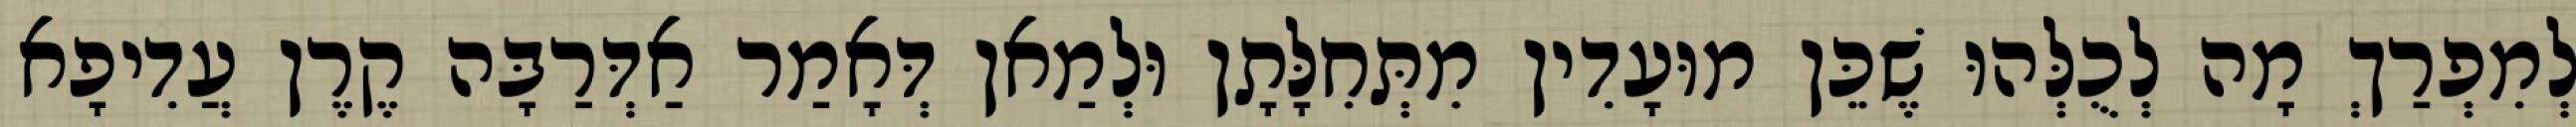
לְמִפְרַךְ מָה לְכֻלְּהוּ שֶׁכֵּן מוּעָדִין מִתְּחִלָּתָן וּלְמַאן דְּאָמַר אַדְּרַבָּה קֶרֶן עֲדִיפָא